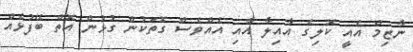
ނާޒިމް އެއީ ކޮލިގެ އާއިލާ އާއި އެއްވެސް ގޮތަކުން ގުޅުން އޮތް ބޭފުޅެއް